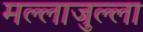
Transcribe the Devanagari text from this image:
मल्लाजुल्ला